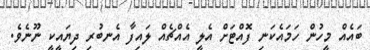
ބައެއް މީހުން ހަމައެކަނި ފޮއްޓަށް އެލީ އެއްޗެއް ލައިފާ އެނބުރި ދިޔައީކީ ނޫނެވެ.